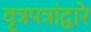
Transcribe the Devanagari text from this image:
वृत्रपत्रांद्वारे